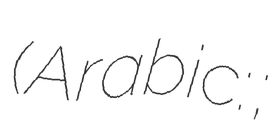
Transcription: (Arabic: اسامة حسين حيدر;